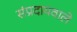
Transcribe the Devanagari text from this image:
संप्रदायवाले